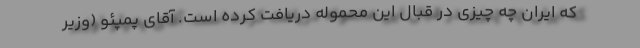
که ایران چه چیزی در قبال این محموله دریافت کرده است. آقای پمپئو (وزیر